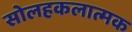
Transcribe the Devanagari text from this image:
सोलहकलात्मक